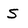
Character: S